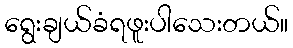
ရွေးချယ်ခံရဖူးပါသေးတယ်။